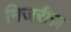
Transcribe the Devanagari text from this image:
मिजरीज़